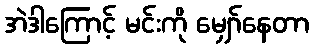
အဲဒါကြောင့် မင်းကို မျှော်နေတာ